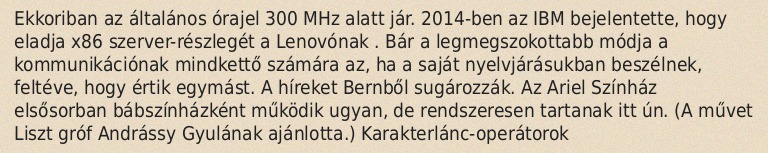
Ekkoriban az általános órajel 300 MHz alatt jár. 2014-ben az IBM bejelentette, hogy eladja x86 szerver-részlegét a Lenovónak . Bár a legmegszokottabb módja a kommunikációnak mindkettő számára az, ha a saját nyelvjárásukban beszélnek, feltéve, hogy értik egymást. A híreket Bernből sugározzák. Az Ariel Színház elsősorban bábszínházként működik ugyan, de rendszeresen tartanak itt ún. (A művet Liszt gróf Andrássy Gyulának ajánlotta.) Karakterlánc-operátorok